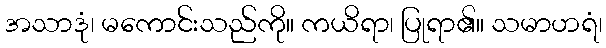
အသာဒုံ၊ မကောင်းသည်ကို။ ကယိရာ၊ ပြုရာ၏။ သမာဟရံ၊